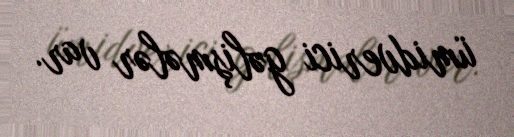
ümidverici gəlişmələr var.